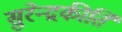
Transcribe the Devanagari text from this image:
सुरेन्द्रकीर्ति